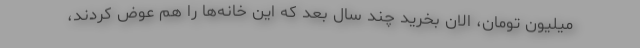
ميليون تومان، الان بخريد چند سال بعد كه اين خانه‌ها را هم عوض كردند،